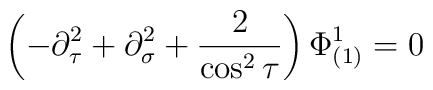
\left( -\partial^2_\tau+\partial^2_\sigma+\frac{2}{\cos^2\tau}\right)\Phi^{1}_{(1)}=0